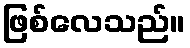
ဖြစ်လေသည်။